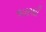
જરૂરથી